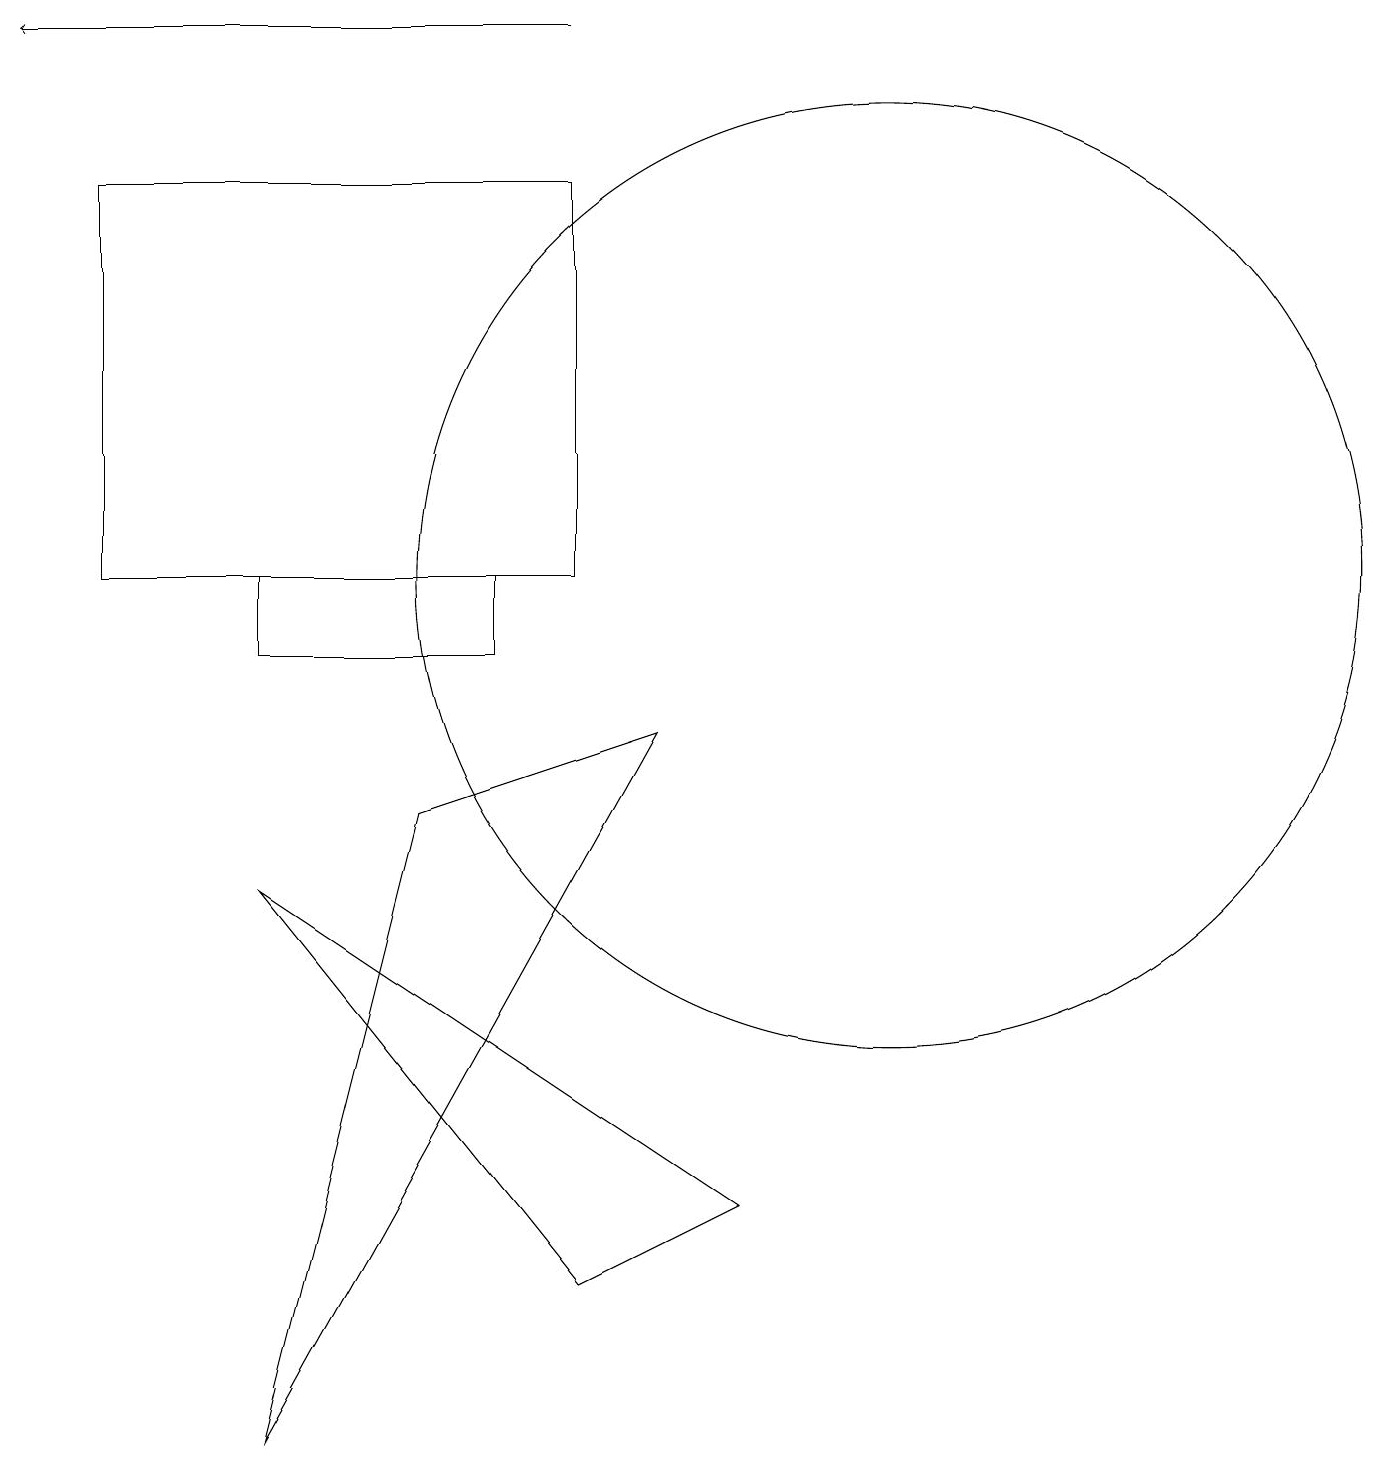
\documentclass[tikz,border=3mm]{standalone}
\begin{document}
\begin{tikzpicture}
\draw (11,11) circle (6);
\draw[->] (7,18) -- (0,18);
\draw (5,8) -- (3,0) -- (8,9) -- cycle;
\draw (3,7) -- (9,3) -- (7,2) -- cycle;
\draw (6,10) rectangle (3,11);
\draw (7,16) rectangle (1,11);
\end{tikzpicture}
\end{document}